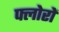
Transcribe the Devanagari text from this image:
फ्लोरों